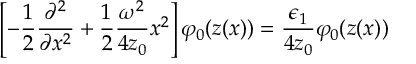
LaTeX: \left[ - \frac 1 2 \frac { \partial ^ { 2 } } { \partial x ^ { 2 } } + \frac 1 2 \frac { \omega ^ { 2 } } { 4 z _ { 0 } } x ^ { 2 } \right] \varphi _ { 0 } ( z ( x ) ) = \frac { \epsilon _ { 1 } } { 4 z _ { 0 } } \varphi _ { 0 } ( z ( x ) )